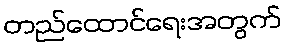
တည်ထောင်ရေးအတွက်